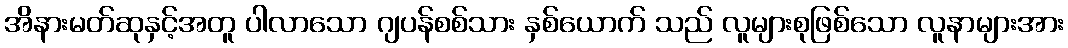
အိနားမတ်ဆုနှင့်အတူ ပါလာသော ဂျပန်စစ်သား နှစ်ယောက် သည် လူများစုဖြစ်သော လူနာများအား